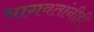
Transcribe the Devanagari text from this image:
भागवतांनीही